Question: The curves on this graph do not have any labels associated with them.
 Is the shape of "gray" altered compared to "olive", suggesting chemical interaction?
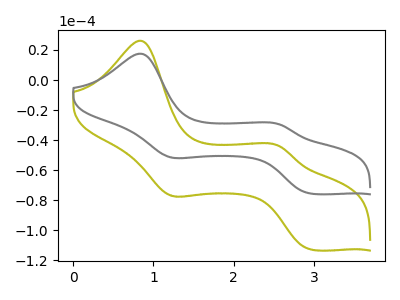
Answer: <think>The olive curve "olive" has anodic peaks at (0.85V, 26.20uA) (2.55V, -43.95uA) and cathodic peaks at (1.20V, -76.80uA) (2.95V, -112.85uA). The gray curve "gray" has anodic peaks at (0.85V, 17.55uA) (2.55V, -29.45uA) and cathodic peaks at (1.20V, -51.45uA) (2.95V, -75.60uA).
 All the peaks in "gray" have a peak in "olive" at the same potential.</think>
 <answer>No, "gray" and "olive" don't appear to be significantly different in shape</answer>
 <eval>no_change</eval>